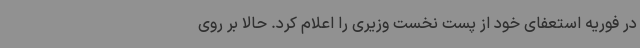
در فوریه استعفای خود از پست نخست وزیری را اعلام کرد. حالا بر روی